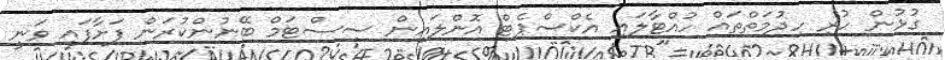
ގުޅުން ހުރި ހިދުމަތްތައް ހުއްޓާލައި އެކްސްޕެޓް އޮންލައިން ސިސްޓަމް ބޭނުންކުރަން ފަށާފައި ވަނީ